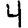
Digit: 4